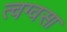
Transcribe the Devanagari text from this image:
त्वग्वसा